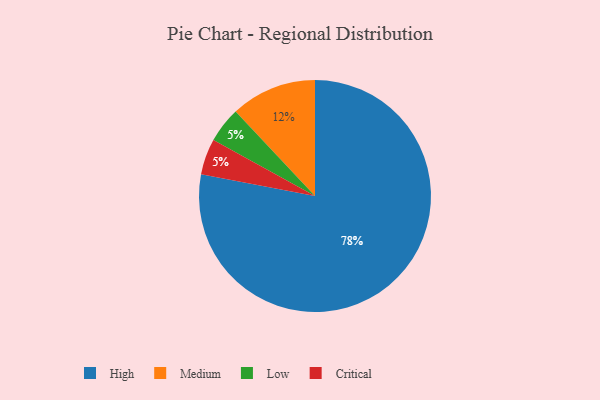
{"axis": {"x": "Category", "y": "Percentage"}, "legend": ["Critical", "High", "Low", "Medium"], "data": [{"x": "Medium", "y": 12, "type": "Medium"}, {"x": "Low", "y": 5, "type": "Low"}, {"x": "High", "y": 78, "type": "High"}, {"x": "Critical", "y": 5, "type": "Critical"}]}